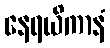
နေရယိကာနံ